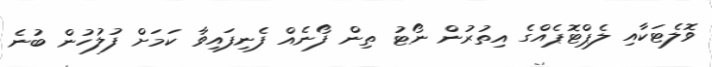
ވޮލެޓަކާއި ލެޕްޓޮޕެއްގެ އިތުރުން ނޯޓު ތިން ފޯނެއް ފެނިފައިވާ ކަމަށް ފުލުހުން ބުނެ